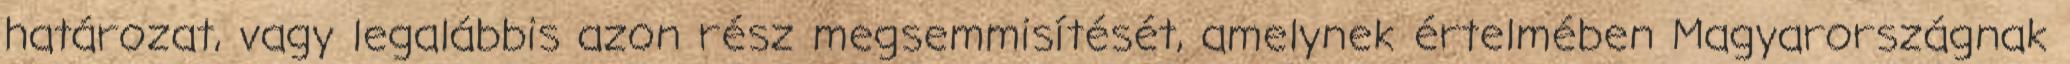
határozat, vagy legalábbis azon rész megsemmisítését, amelynek értelmében Magyarországnak